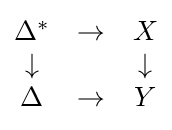
{\begin{matrix}\Delta ^{*}&\to &X\\\downarrow &&\downarrow \\\Delta &\to &Y\end{matrix}}